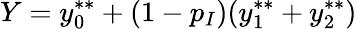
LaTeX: Y=y_{0}^{**}+(1-p_{I})(y_{1}^{**}+y_{2}^{**})